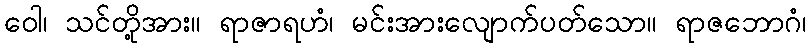
ဝေါ၊ သင်တို့အား။ ရာဇာရဟံ၊ မင်းအားလျောက်ပတ်သော။ ရာဇဘောဂံ၊